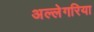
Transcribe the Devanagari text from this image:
अल्लेगरिया